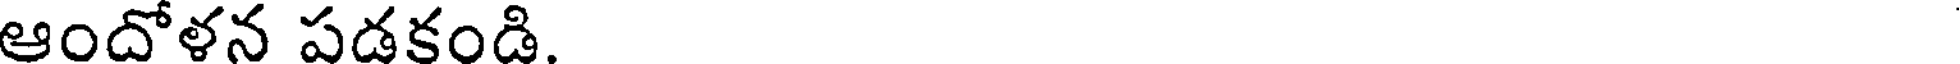
ఆందోళన పడకండి.